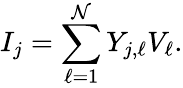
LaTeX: I_{j}=\sum_{\ell=1}^{\mathcal{N}}Y_{j,\ell}V_{\ell}.